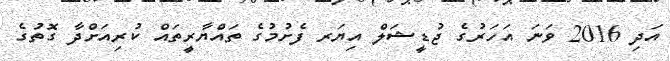
އަދި 2016 ވަނަ އަހަރުގެ ޖުޑީޝަލް އިޔަރ ފެށުމުގެ ތައްޔާރީތައް ކުރިއަށްދާ ގޮތުގެ